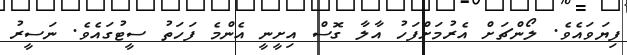
ފިޔަވައެވެ. ލޯންޗަށް އެރުމަށްފަހު އާލާ ގޮސް އިށީނީ އެންމެ ފަހަތު ސީޓުގައެވެ. ނަސީރު